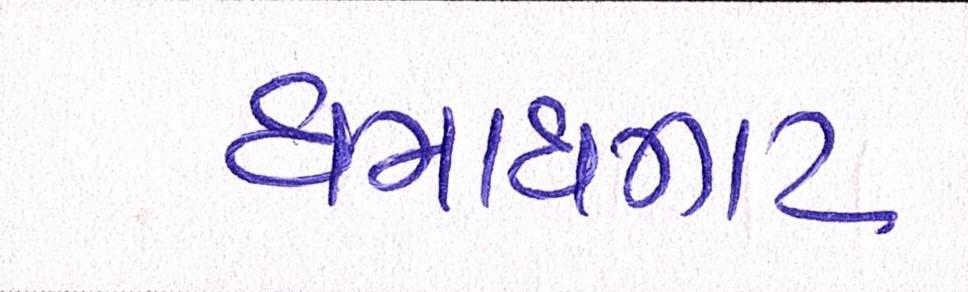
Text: ધમાધમાટ